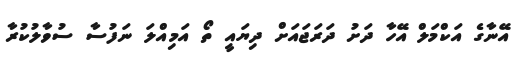
އޭނާގެ އަކްމަލް އޭހާ ދަށު ދަރަޖައަށް ދިޔައީ ތޯ އަމިއްލަ ނަފުސާ ސުވާލުކުރާ